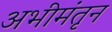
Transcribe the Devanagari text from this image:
अभीमंतृन